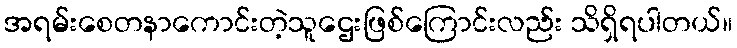
အရမ်းစေတနာကောင်းတဲ့သူဌေးဖြစ်ကြောင်းလည်း သိရှိရပါတယ်။